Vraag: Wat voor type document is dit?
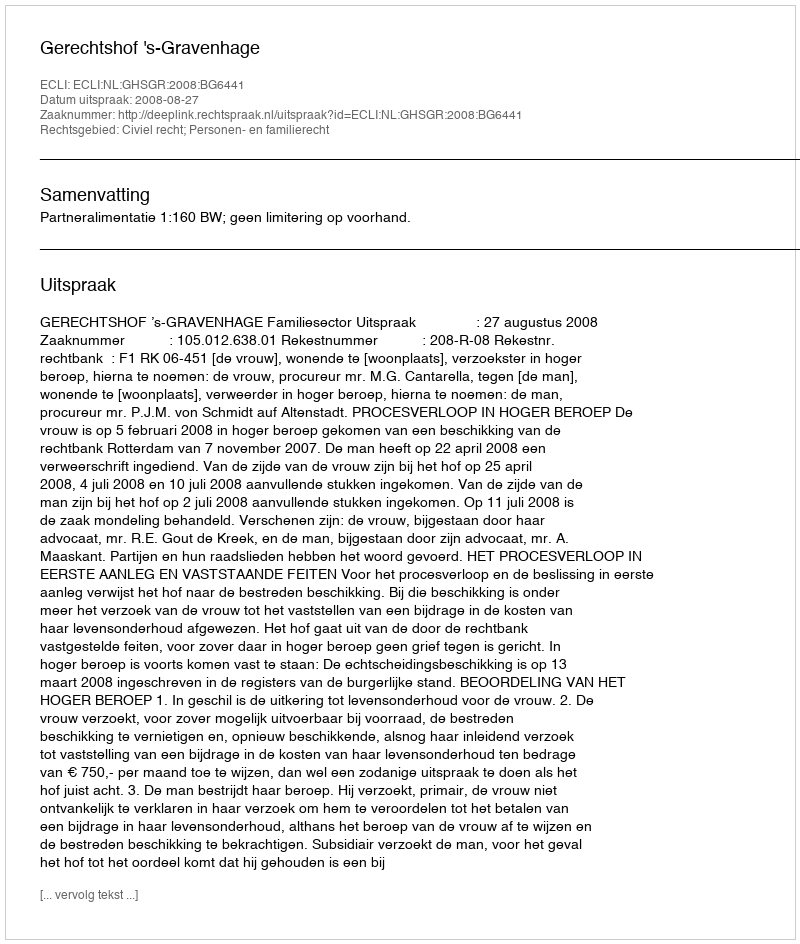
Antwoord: Uitspraak